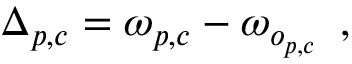
\Delta _ { p , c } = \omega _ { p , c } - \omega _ { o _ { p , c } } \, \, \, ,